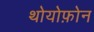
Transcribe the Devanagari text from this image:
थोयोफ़ोन